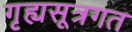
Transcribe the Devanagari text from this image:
गृह्यसूत्रगत